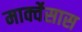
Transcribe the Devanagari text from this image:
मार्क्वेसास